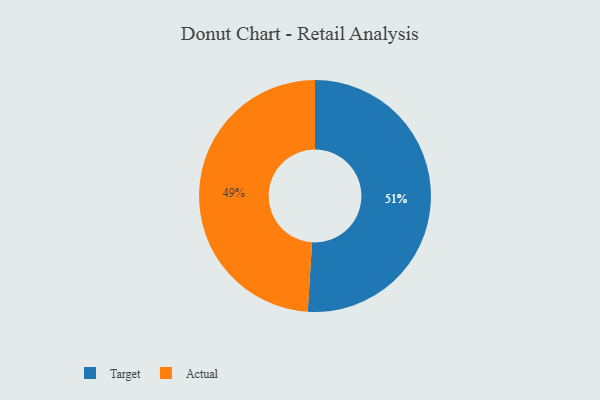
{"axis": {"x": "Category", "y": "Percentage"}, "legend": ["Actual", "Target"], "data": [{"x": "Actual", "y": 49, "type": "Actual"}, {"x": "Target", "y": 51, "type": "Target"}]}